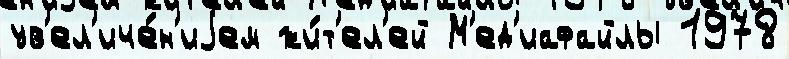
ув'ел'иче́н'иjем жи́т'ел'ей М'ед'иафайлы 1978